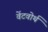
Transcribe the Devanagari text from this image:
वेंटवोर्थ